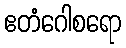
ဧတံဂေါစရော